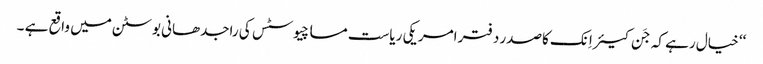
‘‘ خیال رہے کہ جَن کیئر اِنک کاصدر دفتر امریکی ریاست مساچیوسٹس کی راجدھانی بوسٹن میں واقع ہے ۔